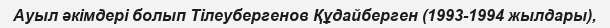
Ауыл әкімдері болып Тілеубергенов Құдайберген (1993-1994 жылдары),